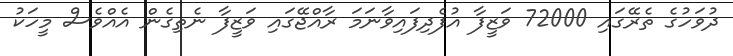
ދުވަހުގެ ތެރޭގައި 72000 ވަޒީފާ އުފެދިފައިވާނަމަ ރާއްޖޭގައި ވަޒީފާ ނެތިގެން އެއްވެސް މީހަކު